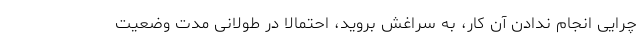
چرایی انجام ندادن آن کار، به سراغش بروید، احتمالا در طولانی مدت وضعیت